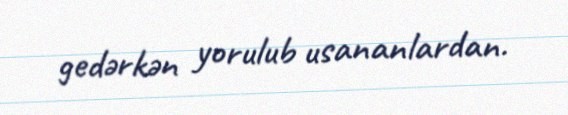
gedərkən yorulub usananlardan.